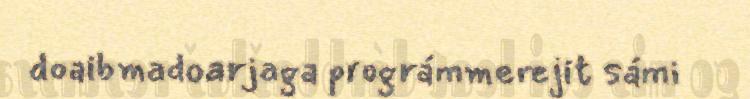
doaibmadoarjaga prográmmerejit sámi